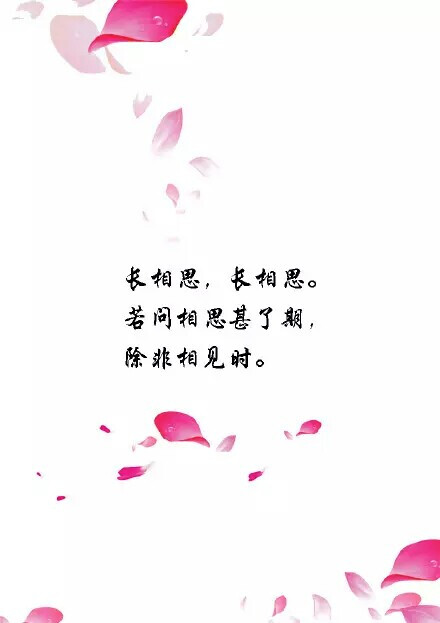
若问相思甚了期，除非相见时。